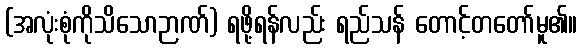
(အလုံးစုံကိုသိသောဉာဏ်) ရဖို့ရန်လည်း ရည်သန် တောင့်တတော်မူ၏။